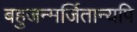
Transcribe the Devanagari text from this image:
बहुजन्मर्जितान्यपि